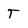
Character: t